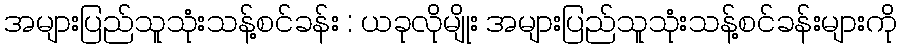
အများပြည်သူသုံးသန့်စင်ခန်း : ယခုလိုမျိုး အများပြည်သူသုံးသန့်စင်ခန်းများကို